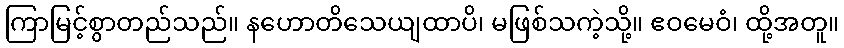
ကြာမြင့်စွာတည်သည်။ နဟောတိသေယျထာပိ၊ မဖြစ်သကဲ့သို့။ ဧဝမေဝံ၊ ထို့အတူ။